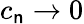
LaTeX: c_{\mathsf{n}}\rightarrow0